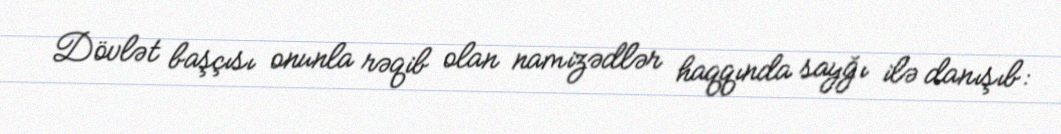
Dövlət başçısı onunla rəqib olan namizədlər haqqında sayğı ilə danışıb: